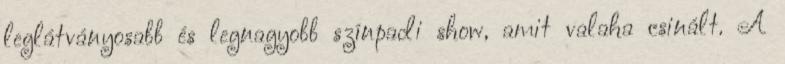
leglátványosabb és legnagyobb színpadi show, amit valaha csinált. A